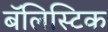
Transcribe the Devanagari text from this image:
बॅलिस्टिक